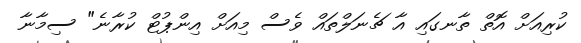
ކުރިއަށް އޮތް ތާނގައި އާ ޗެނަލްތައް ވެސް މިއަށް އިންޕުޓް ކުރާނެ" ސިމާނާ